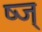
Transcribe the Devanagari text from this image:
ष्ज्